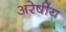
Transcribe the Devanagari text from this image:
अरेषीय